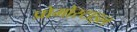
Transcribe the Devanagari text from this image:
प्रोमोस्टाइल